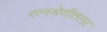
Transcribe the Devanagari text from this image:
रत्नश्रेणीतला